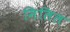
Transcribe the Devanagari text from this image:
मिलिल